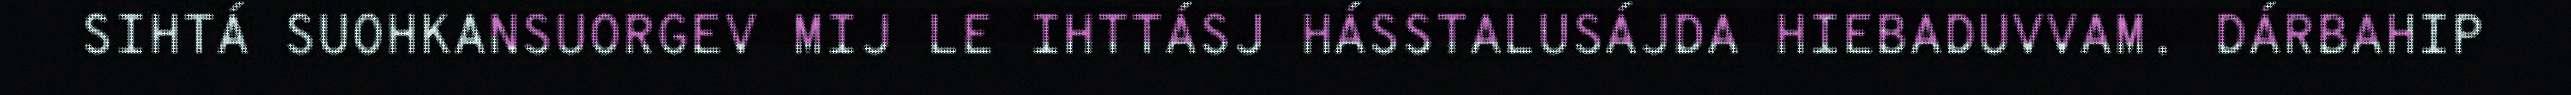
SIHTÁ SUOHKANSUORGEV MIJ LE IHTTÁSJ HÁSSTALUSÁJDA HIEBADUVVAM. DÁRBAHIP